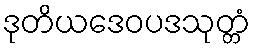
ဒုတိယဒေဝပဒသုတ္တံ